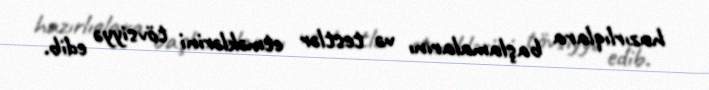
hazırlıqlara başlamalarını və testlər etməklərini tövsiyyə edib.